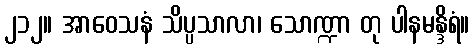
၂၁၂။ အာဝေသနံ သိပ္ပသာလာ၊ သောဏ္ဍာ တု ပါနမန္ဒိရံ။